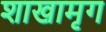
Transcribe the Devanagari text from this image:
शाखामृग